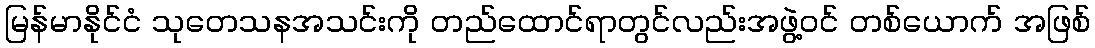
မြန်မာနိုင်ငံ သုတေသနအသင်းကို တည်ထောင်ရာတွင်လည်းအဖွဲ့ဝင် တစ်ယောက် အဖြစ်